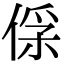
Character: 𠊻